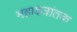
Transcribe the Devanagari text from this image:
महाक्षत्रांतक